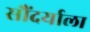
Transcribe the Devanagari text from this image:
सौंदर्याला